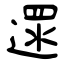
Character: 遝